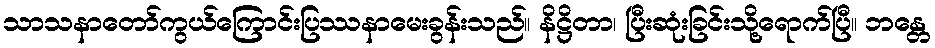
သာသနာတော်ကွယ်ကြောင်းပြဿနာမေးခွန်းသည်။ နိဋ္ဌိတာ၊ ပြီးဆုံးခြင်းသို့ရောက်ပြီ။ ဘန္တေ